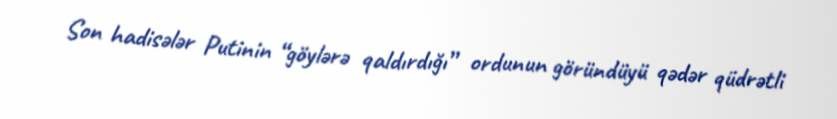
Son hadisələr Putinin “göylərə qaldırdığı” ordunun göründüyü qədər qüdrətli